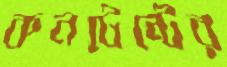
কনটেন্টের